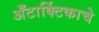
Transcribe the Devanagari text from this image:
अँटार्क्टिकाचे